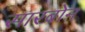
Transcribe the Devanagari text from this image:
सारबोन